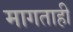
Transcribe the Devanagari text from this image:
मागताही